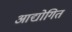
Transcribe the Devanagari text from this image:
आद्योगित